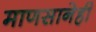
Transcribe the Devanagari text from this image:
माणसानेही